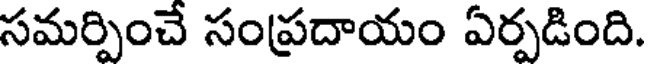
సమర్పించే సంప్రదాయం ఏర్పడింది.